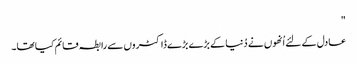
"
عادل کے لئے اُنھوں نے دُنیا کے بڑے بڑے ڈاکٹروں سے رابطہ قائم کیا تھا۔